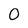
Character: O